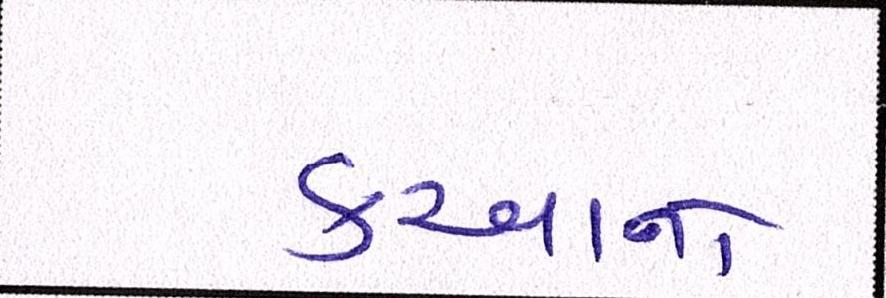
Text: કરવાનો